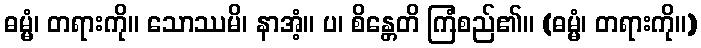
ဓမ္မံ၊ တရားကို။ သောဿမိ၊ နာအံ့။ ပ၊ စိန္တေတိ ကြံစည်၏။ (ဓမ္မံ၊ တရားကို။)